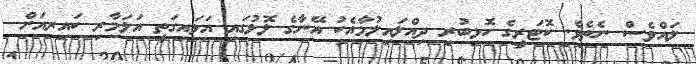
ލައްވެސް ނެތެވެ. ކޮޓަރީގެ ހޮޅިބުރި ދިއްލައިލުމާއެކު އޭނާގެ ލޮލުގައި އަޅައިގަތީ އަލަމާރި ކައިރިއަށް